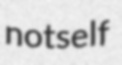
notself